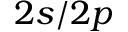
2 s / 2 p